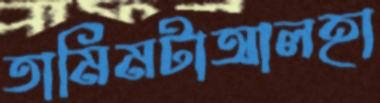
তামিমটাআলহা